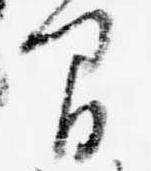
間